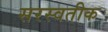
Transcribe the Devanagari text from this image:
सरस्वतीक